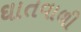
ઘાતવાળી